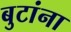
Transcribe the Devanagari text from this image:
बुटांना